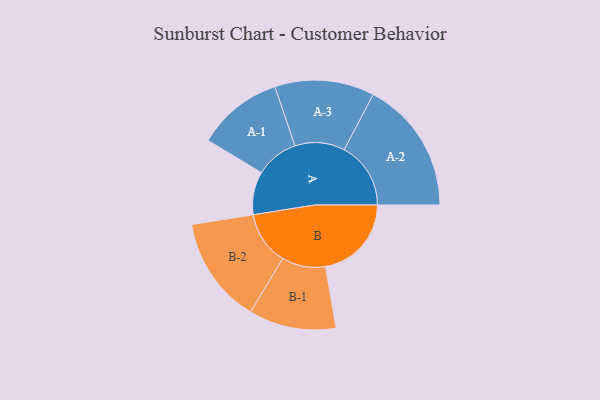
{"axis": {"x": "Segment", "y": "Value"}, "legend": ["", "A", "B"], "data": [{"x": "A", "y": 176, "type": ""}, {"x": "B", "y": 352, "type": ""}, {"x": "A-1", "y": 176, "type": "A"}, {"x": "A-2", "y": 273, "type": "A"}, {"x": "A-3", "y": 204, "type": "A"}, {"x": "B-1", "y": 179, "type": "B"}, {"x": "B-2", "y": 219, "type": "B"}]}